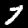
Digit: 7